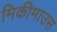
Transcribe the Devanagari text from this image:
मिकीमाउस